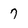
Character: 7